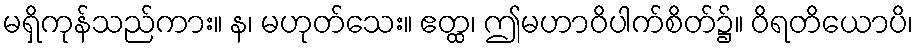
မရှိကုန်သည်ကား။ န၊ မဟုတ်သေး။ ဧတ္ထ၊ ဤမဟာဝိပါက်စိတ်၌။ ဝိရတိယောပိ၊